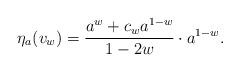
LaTeX: \begin{align*} \eta_a(v_w)=\frac{a^w+c_wa^{1-w}}{1-2w}\cdot a^{1-w}. \end{align*}